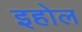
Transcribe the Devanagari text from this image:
इहोल